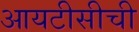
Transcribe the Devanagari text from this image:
आयटीसीची